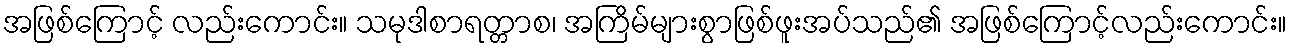
အဖြစ်ကြောင့် လည်းကောင်း။ သမုဒါစာရတ္တာစ၊ အကြိမ်များစွာဖြစ်ဖူးအပ်သည်၏ အဖြစ်ကြောင့်လည်းကောင်း။